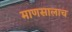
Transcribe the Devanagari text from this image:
माणसालाच